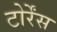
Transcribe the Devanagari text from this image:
टोर्रेंस